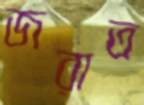
জরাত